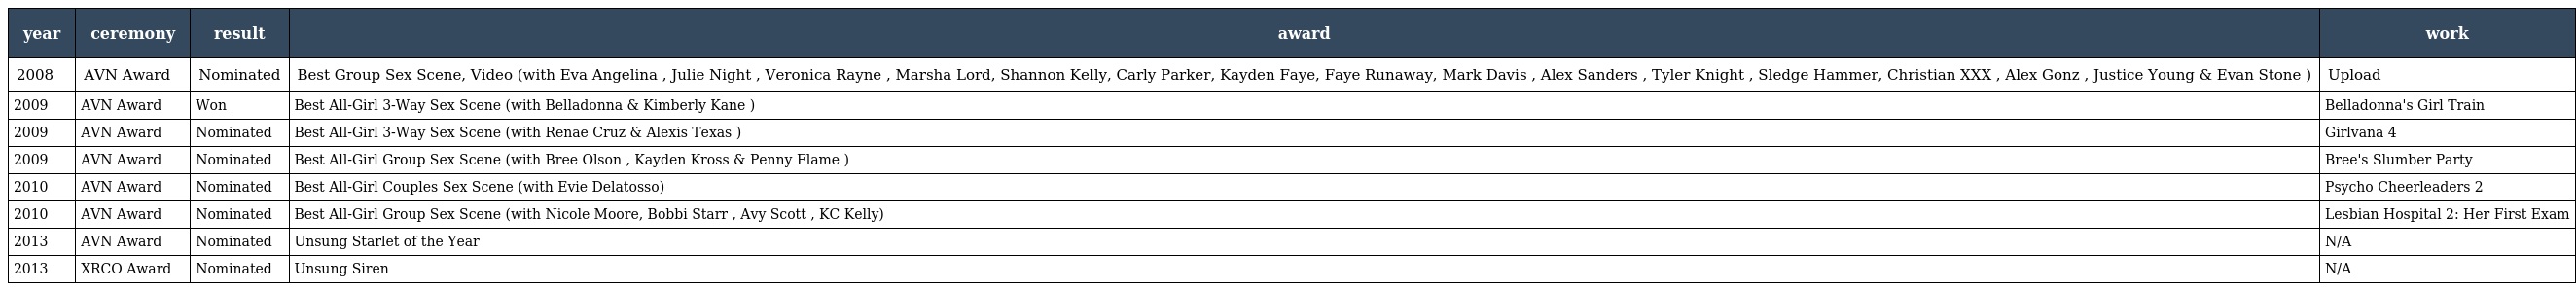
| year | ceremony | result | award | work |
 | --- | --- | --- | --- | --- |
 | 2008 | AVN Award | Nominated | Best Group Sex Scene, Video (with Eva Angelina , Julie Night , Veronica Rayne , Marsha Lord, Shannon Kelly, Carly Parker, Kayden Faye, Faye Runaway, Mark Davis , Alex Sanders , Tyler Knight , Sledge Hammer, Christian XXX , Alex Gonz , Justice Young & Evan Stone ) | Upload |
 | 2009 | AVN Award | Won | Best All-Girl 3-Way Sex Scene (with Belladonna & Kimberly Kane ) | Belladonna's Girl Train |
 | 2009 | AVN Award | Nominated | Best All-Girl 3-Way Sex Scene (with Renae Cruz & Alexis Texas ) | Girlvana 4 |
 | 2009 | AVN Award | Nominated | Best All-Girl Group Sex Scene (with Bree Olson , Kayden Kross & Penny Flame ) | Bree's Slumber Party |
 | 2010 | AVN Award | Nominated | Best All-Girl Couples Sex Scene (with Evie Delatosso) | Psycho Cheerleaders 2 |
 | 2010 | AVN Award | Nominated | Best All-Girl Group Sex Scene (with Nicole Moore, Bobbi Starr , Avy Scott , KC Kelly) | Lesbian Hospital 2: Her First Exam |
 | 2013 | AVN Award | Nominated | Unsung Starlet of the Year | N/A |
 | 2013 | XRCO Award | Nominated | Unsung Siren | N/A |